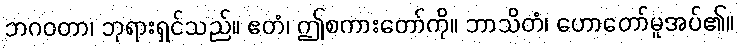
ဘဂဝတာ၊ ဘုရားရှင်သည်။ ဧတံ၊ ဤစကားတော်ကို။ ဘာသိတံ၊ ဟောတော်မူအပ်၏။